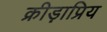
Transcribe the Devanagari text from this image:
क्रीड़ाप्रिय